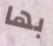
بها